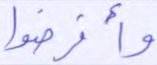
وأقرضوا